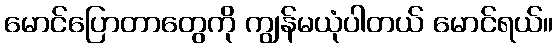
မောင်ပြောတာတွေကို ကျွန်မယုံပါတယ် မောင်ရယ်။